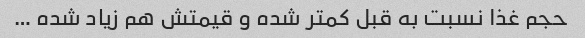
حجم غذا نسبت به قبل کمتر شده و قیمتش هم زیاد شده …